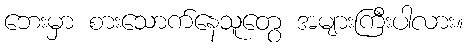
ဘေးမှာ စားသောက်နေသူတွေ အများကြီးပါလား။